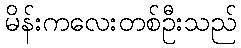
မိန်းကလေးတစ်ဦးသည်